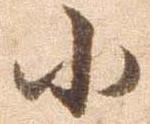
小